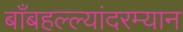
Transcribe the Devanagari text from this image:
बाँबहल्ल्यांदरम्यान